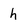
Character: h